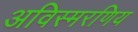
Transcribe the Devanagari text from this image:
अविस्मरणिय